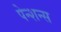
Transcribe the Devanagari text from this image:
पेन्शन्स